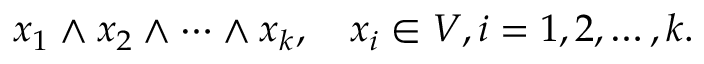
x _ { 1 } \wedge x _ { 2 } \wedge \cdots \wedge x _ { k } , \quad x _ { i } \in V , i = 1 , 2 , \ldots , k .